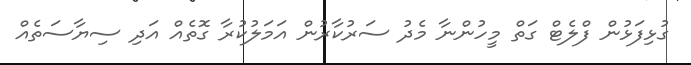
ގުޅިފަޅުން ފްލެޓް ގަތް މީހުންނާ މެދު ސަރުކާރުން އަމަލުކުރާ ގޮތެއް އަދި ސިޔާސަތެއް